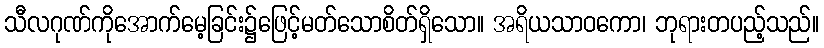
သီလဂုဏ်ကိုအောက်မေ့ခြင်း၌ဖြေင့်မတ်သောစိတ်ရှိသော။ အရိယသာဝကော၊ ဘုရားတပည့်သည်။